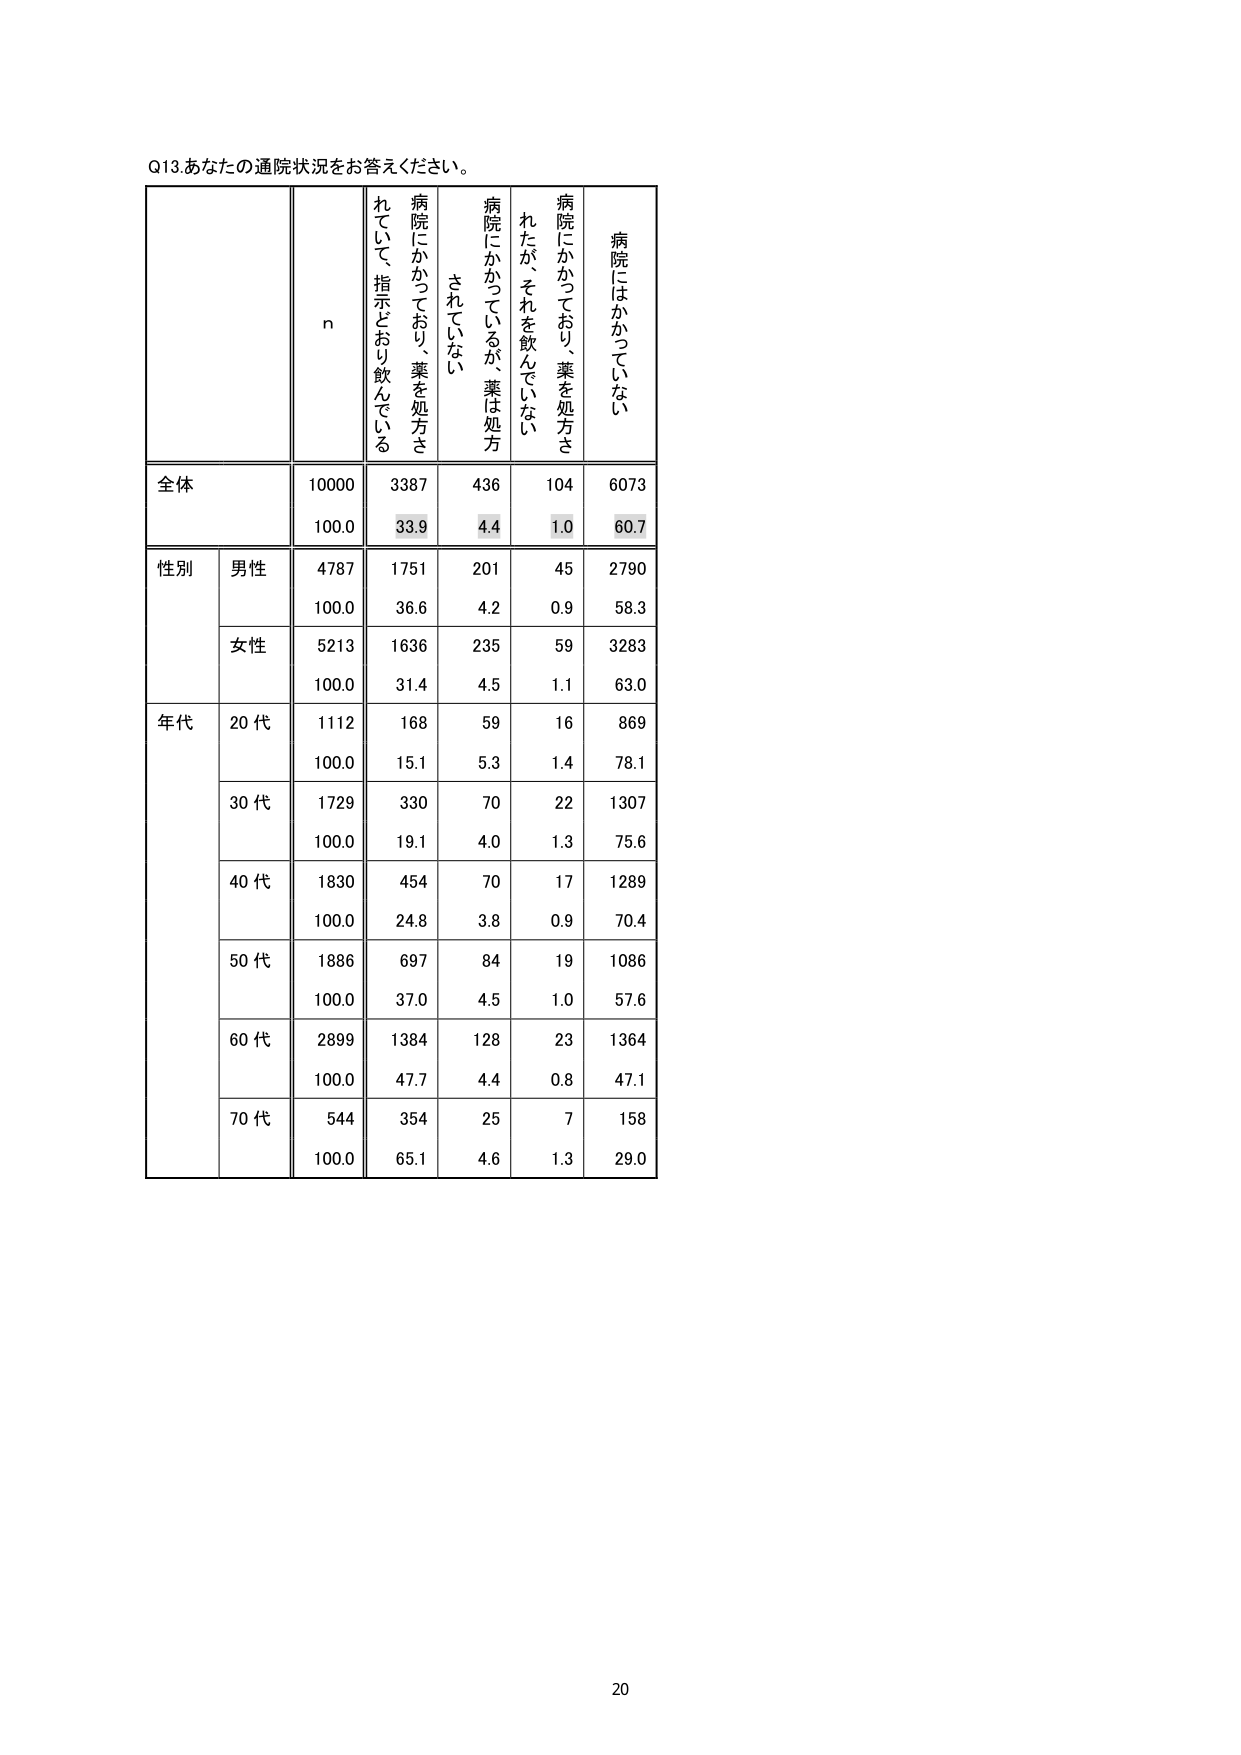
Q13.あなたの通院状況をお答えください。

n
病院にかかっており、薬を処方されていて、指示どおり飲んでいる
病院にかかっており、薬を処方されていない
病院にかかっているが、薬は処方されていない
病院にかかっており、薬を処方されたが、それを飲んでいない
病院にはかかっていない

全体
10000
3387
436
104
6073
100.0
33.9
4.4
1.0
60.7

性別
男性
4787
1751
201
45
2790
100.0
36.6
4.2
0.9
58.3
女性
5213
1636
235
59
3283
100.0
31.4
4.5
1.1
63.0

年代
20代
1112
168
59
16
869
100.0
15.1
5.3
1.4
78.1
30代
1729
330
70
22
1307
100.0
19.1
4.0
1.3
75.6
40代
1830
454
70
17
1289
100.0
24.8
3.8
0.9
70.4
50代
1886
697
84
19
1086
100.0
37.0
4.5
1.0
57.6
60代
2899
1384
128
23
1364
100.0
47.7
4.4
0.8
47.1
70代
544
354
25
7
158
100.0
65.1
4.6
1.3
29.0

20